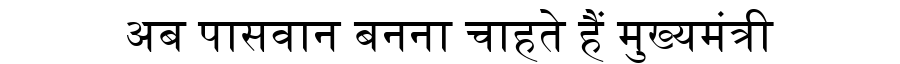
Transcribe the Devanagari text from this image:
अब पासवान बनना चाहते हैं मुख्यमंत्री